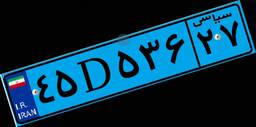
۷۰D۸۳۴۵۶